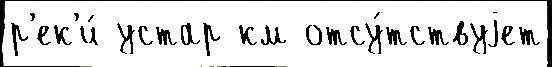
р'ек'и́ устар км отсу́тствуjет